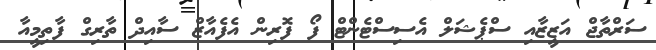
ސަރްތާޖް އަޒީޒާއި ސްޕެޝަލް އެސިސްޓެންޓް ފޯ ފޮރިން އެފެއާޒް ސާއިދް ތާރިގް ފާތިމީއާ